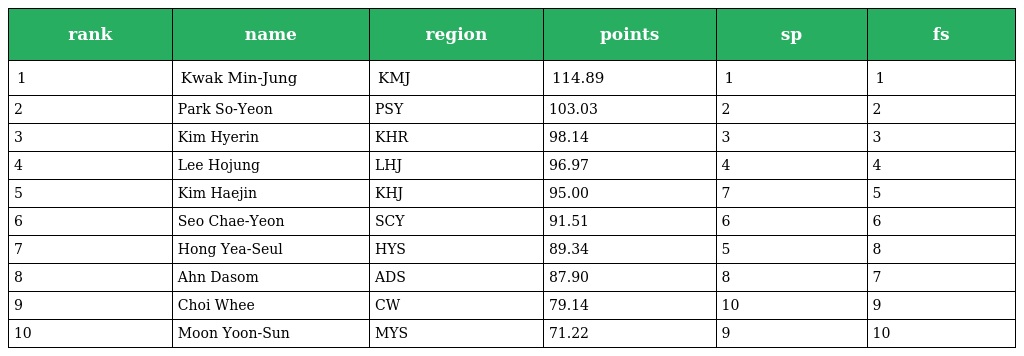
| rank | name | region | points | sp | fs |
 | --- | --- | --- | --- | --- | --- |
 | 1 | Kwak Min-Jung | KMJ | 114.89 | 1 | 1 |
 | 2 | Park So-Yeon | PSY | 103.03 | 2 | 2 |
 | 3 | Kim Hyerin | KHR | 98.14 | 3 | 3 |
 | 4 | Lee Hojung | LHJ | 96.97 | 4 | 4 |
 | 5 | Kim Haejin | KHJ | 95.00 | 7 | 5 |
 | 6 | Seo Chae-Yeon | SCY | 91.51 | 6 | 6 |
 | 7 | Hong Yea-Seul | HYS | 89.34 | 5 | 8 |
 | 8 | Ahn Dasom | ADS | 87.90 | 8 | 7 |
 | 9 | Choi Whee | CW | 79.14 | 10 | 9 |
 | 10 | Moon Yoon-Sun | MYS | 71.22 | 9 | 10 |